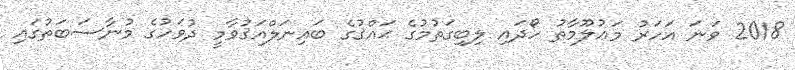
2018 ވަނަ އަހަރު މަޢުލޫމާތު ހޯދައި ލިބިގަތުމުގެ ޙައްޤުގެ ބައިނަލްއަޤުވާމީ ދުވަހުގެ މުނާސަބަތުގައި